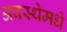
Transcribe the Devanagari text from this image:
अवस्थेमधे